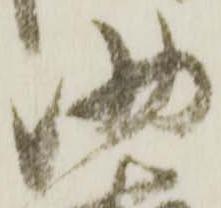
助